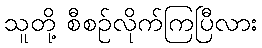
သူတို့ စီစဉ်လိုက်ကြပြီလား